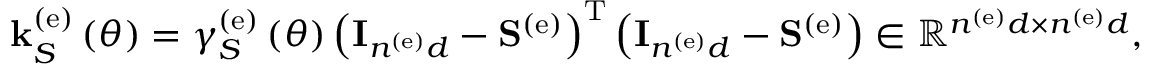
\begin{array} { r } { { \bf k } _ { S } ^ { \left( \mathrm { e } \right) } \left( \theta \right) = \gamma _ { S } ^ { \left( \mathrm { e } \right) } \left( \theta \right) \left( { \bf I } _ { n ^ { \left( \mathrm { e } \right) } d } - { \bf S } ^ { \left( \mathrm { e } \right) } \right) ^ { \mathrm { T } } \left( { \bf I } _ { n ^ { \left( \mathrm { e } \right) } d } - { \bf S } ^ { \left( \mathrm { e } \right) } \right) \in \mathbb { R } ^ { n ^ { \left( \mathrm { e } \right) } d \times n ^ { \left( \mathrm { e } \right) } d } , } \end{array}